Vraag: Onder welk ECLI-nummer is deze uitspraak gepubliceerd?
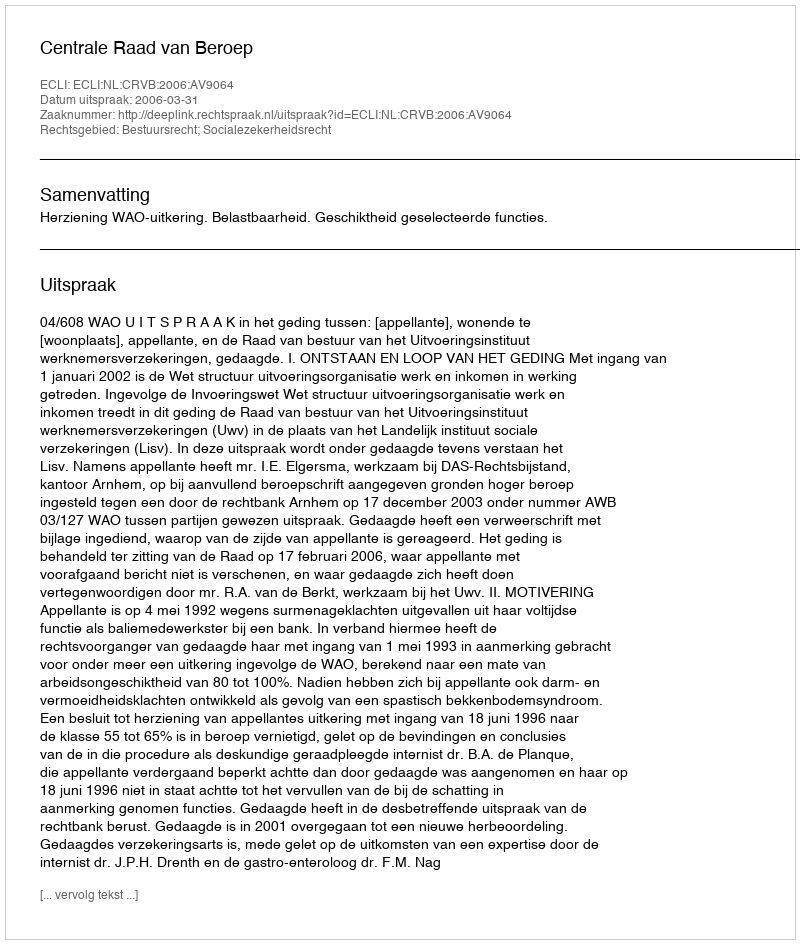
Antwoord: ECLI:NL:CRVB:2006:AV9064